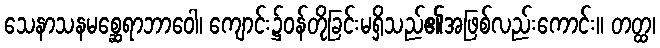
သေနာသနမစ္ဆေရာဘာဝေါ၊ ကျောင်း၌ဝန်တိုခြင်းမရှိသည်၏အဖြစ်လည်းကောင်း။ တတ္ထ၊